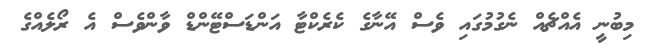
މިބުނީ އެއްޗެއް ނެގުމުގައި ވެސް އޭނާގެ ކެރެކްޓާ އަންޑަސްޓޭންޑް ވާންވެސް އެ ރޯލެއްގެ